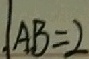
\vert A B = 2